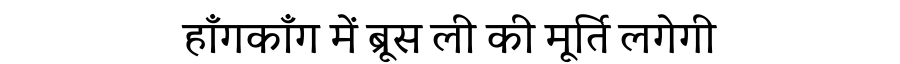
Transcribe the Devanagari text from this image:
हाँगकॉंग में ब्रूस ली की मूर्ति लगेगी